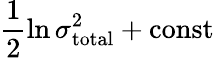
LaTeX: \frac{1}{2}\ln\sigma_{\mathrm{total}}^{2}+\mathrm{const}